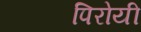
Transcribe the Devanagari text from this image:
पिरोयी